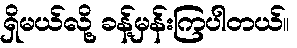
ရှိမယ်လို့ ခန့်မှန်းကြပါတယ်။